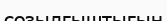
созылғыштығын